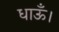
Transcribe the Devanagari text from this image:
धाऊँ।